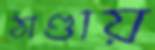
ঠাণ্ডায়